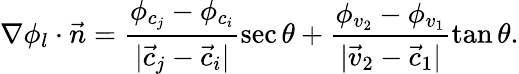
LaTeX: \nabla\phi_{l}\cdot\vec{n}=\frac{\phi_{c_{j}}-\phi_{c_{i}}}{|\vec{c}_{j}-\vec{c}_{i}|}\sec\theta+\frac{\phi_{v_{2}}-\phi_{v_{1}}}{|\vec{v}_{2}-\vec{c}_{1}|}\tan\theta.